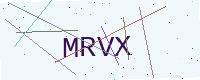
Text: MRVX